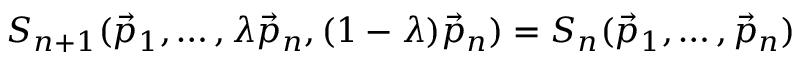
{ \cal S } _ { n + 1 } ( \vec { p } _ { 1 } , \dots , \lambda \vec { p } _ { n } , ( 1 - \lambda ) \vec { p } _ { n } ) = { \cal S } _ { n } ( \vec { p } _ { 1 } , \dots , \vec { p } _ { n } )